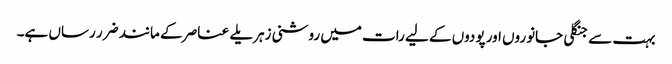
بہت سے جنگلی جانوروں اور پودوں کے لیے رات میں روشنی زہریلے عناصر کے مانند ضرر رساں ہے۔